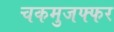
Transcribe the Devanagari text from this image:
चकमुजफ्फर